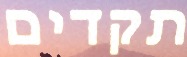
תקדים